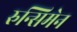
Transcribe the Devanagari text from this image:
रुन्सिमेन